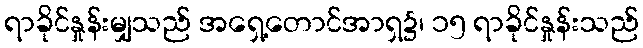
ရာခိုင်နှုန်းမျှသည် အရှေ့တောင်အာရှ၌၊ ၁၅ ရာခိုင်နှုန်းသည်